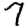
Digit: 7